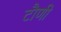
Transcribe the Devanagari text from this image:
टौणी